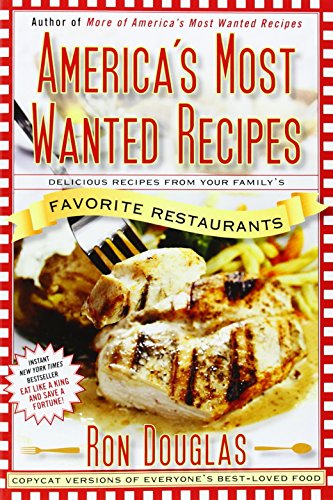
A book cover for America's Most Wanted Recipes: Delicious Recipes from Your Family's Favorite Restaurants (America's Most Wanted Recipes Series); Ron Douglas; Cookbooks, Food & Wine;